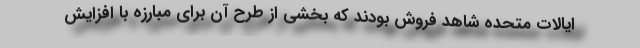
ایالات متحده شاهد فروش بودند که بخشی از طرح آن برای مبارزه با افزایش